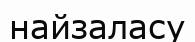
найзаласу